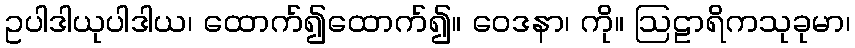
ဥပါဒါယုပါဒါယ၊ ထောက်၍ထောက်၍။ ဝေဒနာ၊ ကို။ ဩဠာရိကသုခုမာ၊